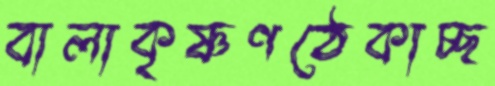
বালাকৃষ্ণণঠেকাচ্ছ